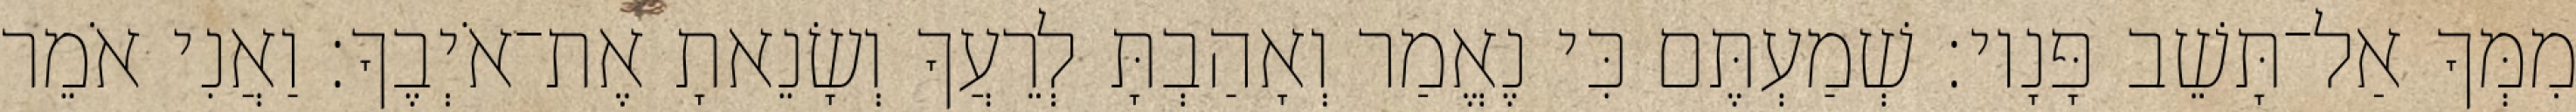
מִמְּךָ אַל־תָּשֵׁב פָּנָיו׃ שְׁמַעְתֶּם כִּי נֶאֱמַר וְאָהַבְתָּ לְרֵעֲךָ וְשָׂנֵאתָ אֶת־אֹיְבֶךָ׃ וַאֲנִי אֹמֵר